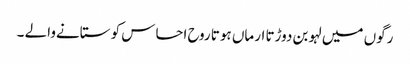
رگوں میں لہو بن دوڑتا ارماں ہوتا روح احساس کو ستانےوالے ۔